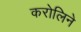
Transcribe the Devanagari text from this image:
करोलिने